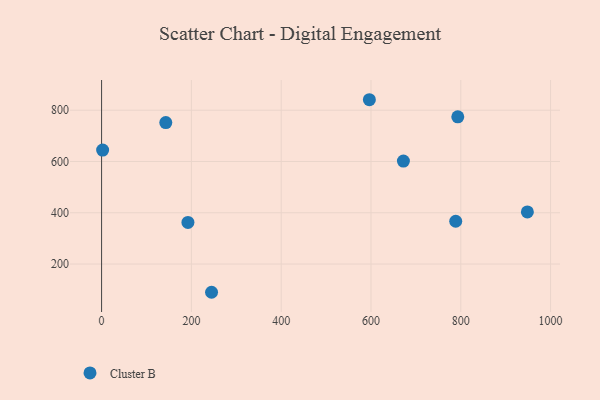
{"axis": {"x": "Distance", "y": "Exam Score"}, "legend": ["Cluster B"], "data": [{"x": "788.7", "y": 366.9, "type": "Cluster B"}, {"x": "192.3", "y": 362.4, "type": "Cluster B"}, {"x": "672.2", "y": 601.7, "type": "Cluster B"}, {"x": "596.4", "y": 840.8, "type": "Cluster B"}, {"x": "143.0", "y": 751.7, "type": "Cluster B"}, {"x": "793.3", "y": 774.3, "type": "Cluster B"}, {"x": "948.3", "y": 403.1, "type": "Cluster B"}, {"x": "2.3", "y": 644.3, "type": "Cluster B"}, {"x": "244.9", "y": 89.9, "type": "Cluster B"}]}